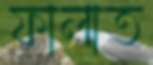
ফালাত